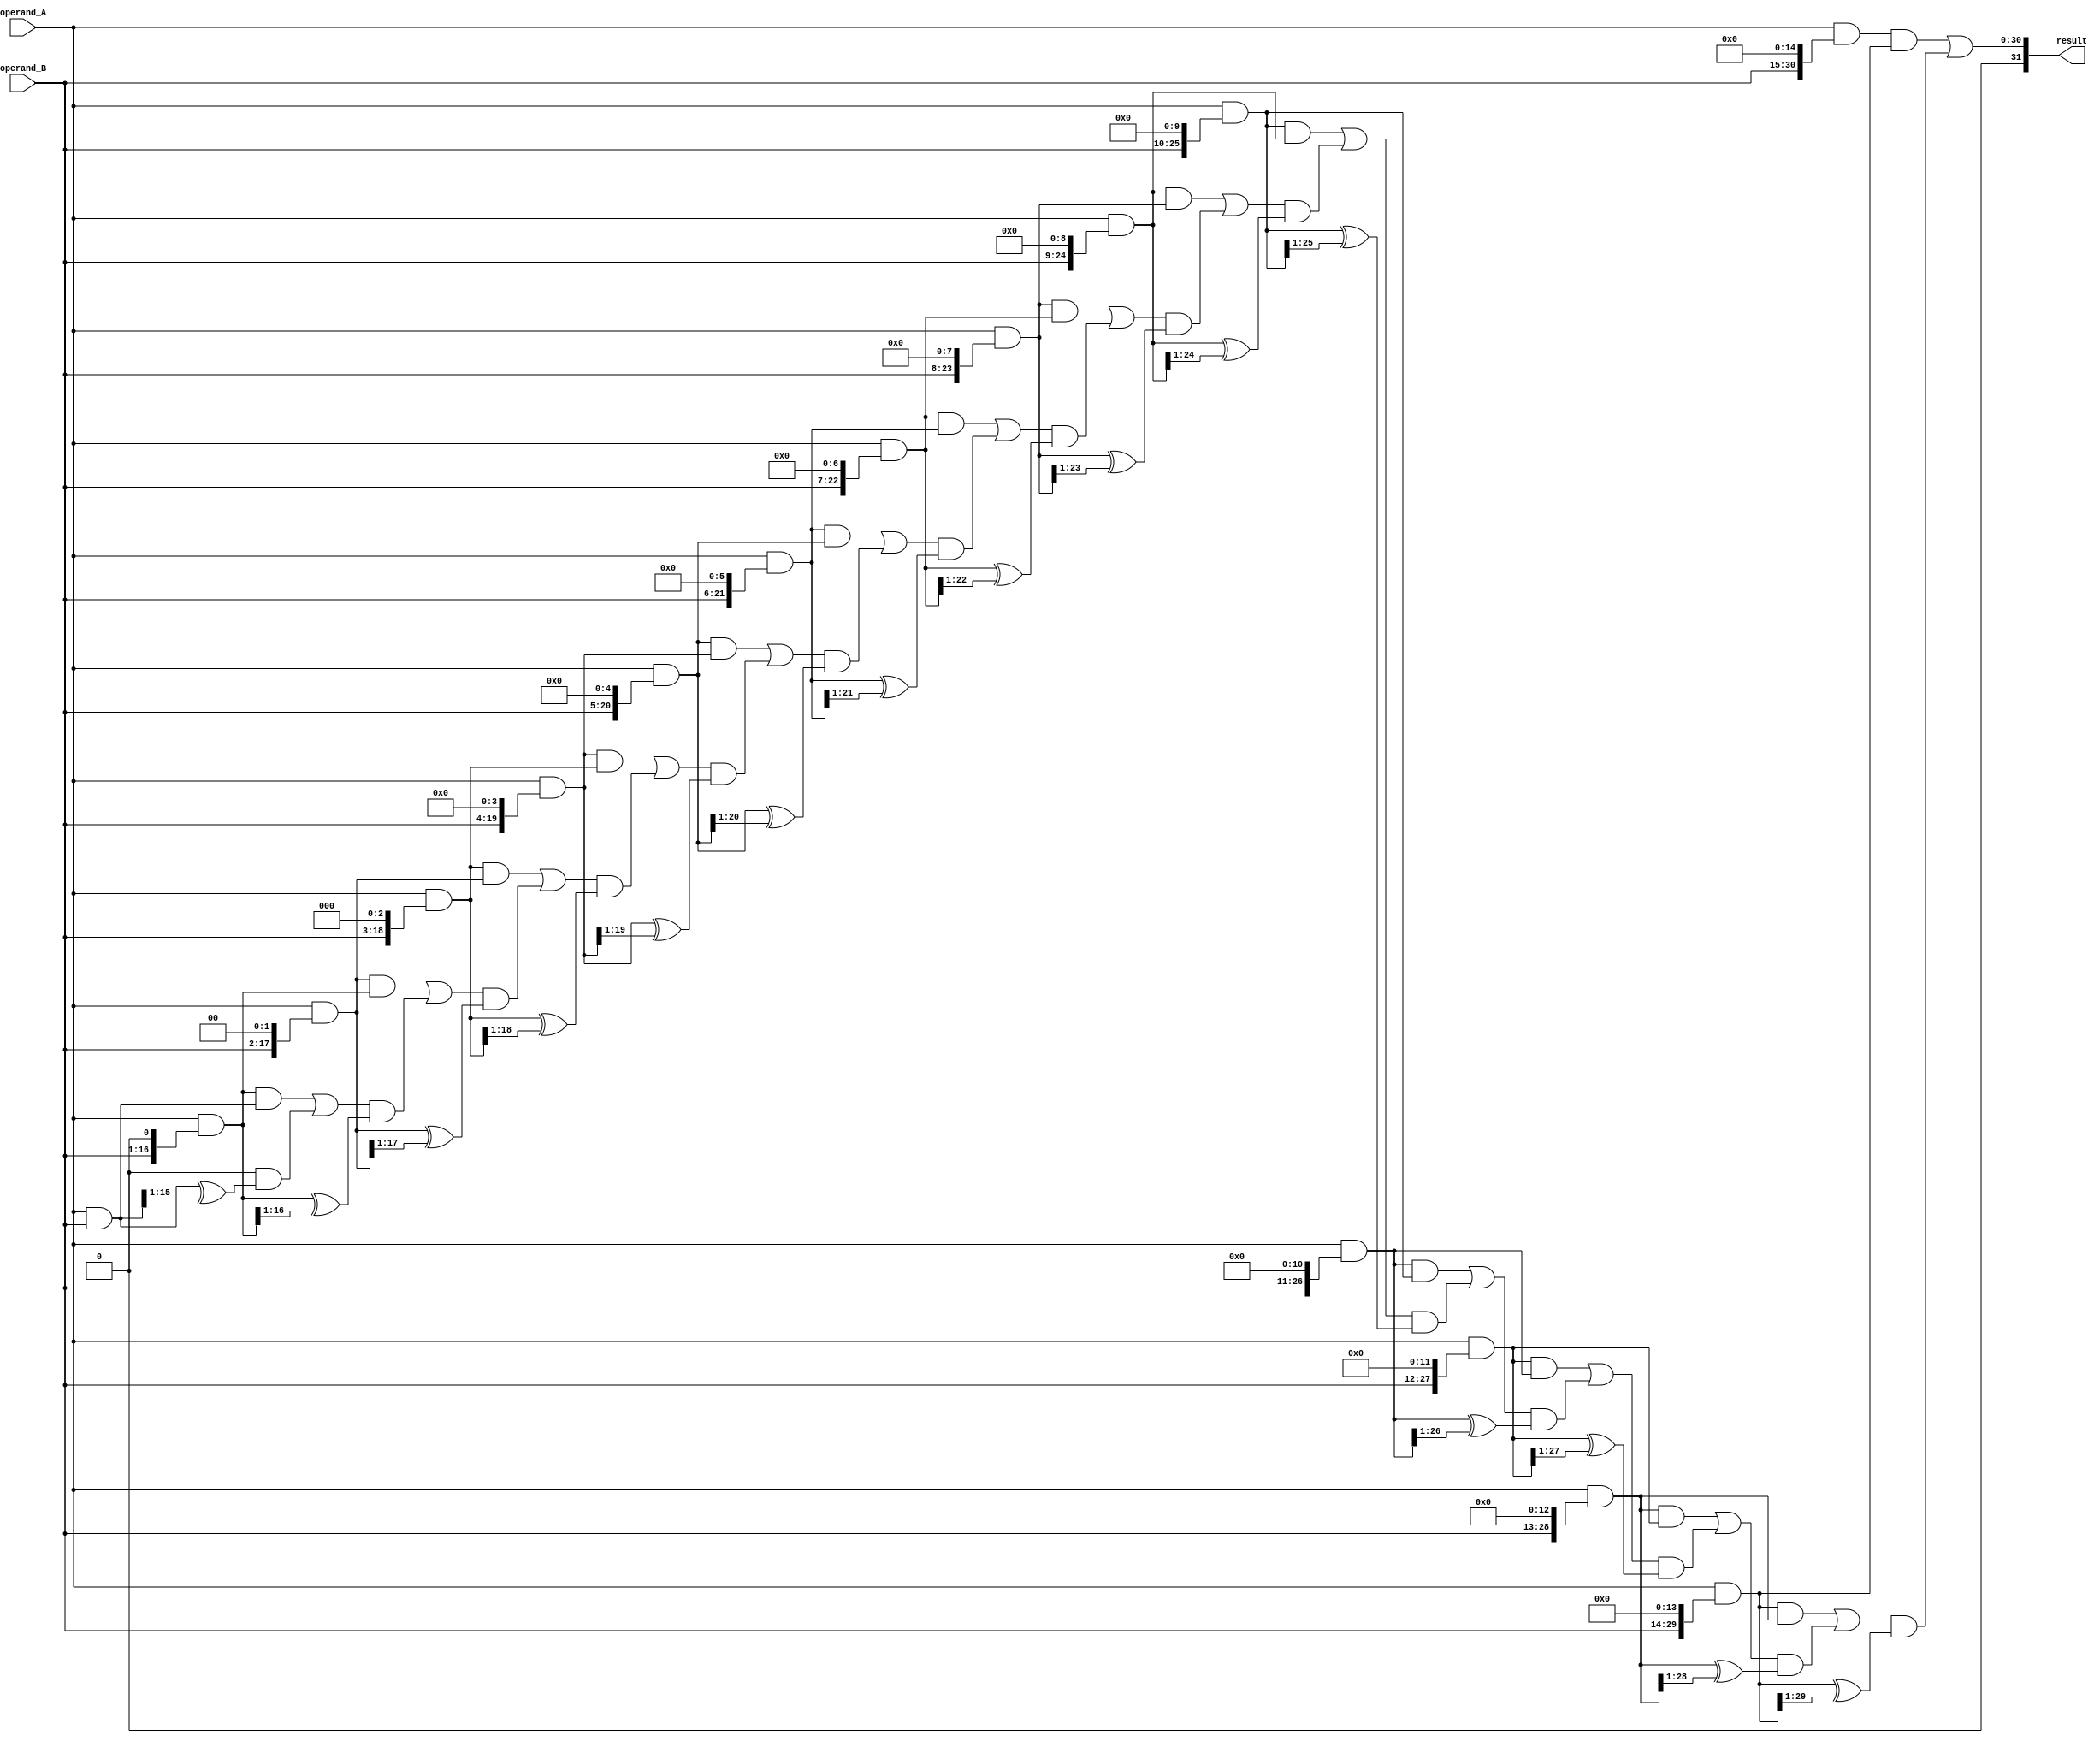
module wallace_tree_multiplier (
    input [15:0] operand_A,
    input [15:0] operand_B,
    output reg [31:0] result
);

wire [31:0] pp [15:0];
wire [31:0] inter [15:0];
wire [31:0] carry [15:0];

// Partial Product Generation
genvar i;
generate
    for (i = 0; i < 16; i = i + 1) begin: gen_pp
        assign pp[i] = operand_A & (operand_B << i);
    end
endgenerate

// Partial Product Reduction
genvar j;
generate
    for (j = 0; j < 16; j = j + 1) begin: gen_inter
        assign inter[j] = pp[j] ^ (pp[j] >> 1);
    end
endgenerate

// Final Product Accumulation
assign carry[0] = 0;
generate
    for (j = 1; j < 16; j = j + 1) begin: gen_carry
        assign carry[j] = (pp[j] & pp[j - 1]) | (carry[j - 1] & inter[j - 1]);
    end
endgenerate

assign result = {pp[15], carry[15]};

endmodule